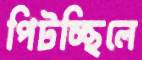
পিটচ্ছিলে